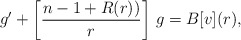
\begin{align*}g'+\left[\frac{n-1+R(r))}{r}\right]\,g= B[v](r), \end{align*}